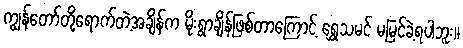
ကျွန်တော်တို့ရောက်တဲ့အချိန်က မိုးရွာချိန်ဖြစ်တာကြောင့် ရွှေသမင် မမြင်ခဲ့ရပါဘူး။